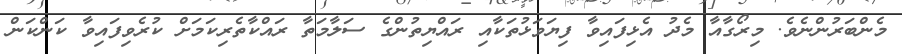
މެންބަރުންނެވެ. މިރޯގާއާ މެދު އެޅިފައިވާ ފިޔަވަޅުތަކާއި ރައްޔިތުންގެ ސަލާމަތާ ރައްކާތެރިކަމަށް ކުރެވިފައިވާ ކަންކަން